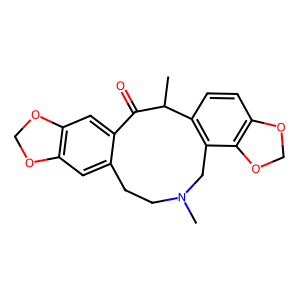
SMILES: CC1C(=O)c2cc3c(cc2CCN(C)Cc2c1ccc1c2OCO1)OCO3
Inhibits HIV replication: No